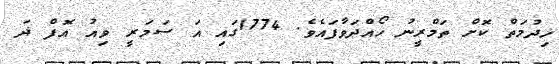
ޚިދުމަތް ކޮށް ތަމްރީނު ހޯއްދަވާފައެވެ. 1774ގައި އަ ސަމަރީ ވިއު އޮފް ޛަ